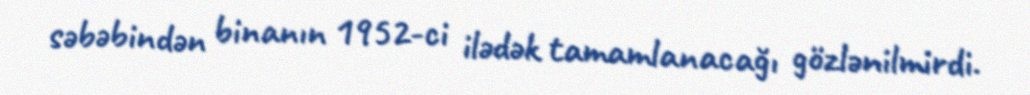
səbəbindən binanın 1952-ci ilədək tamamlanacağı gözlənilmirdi.